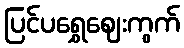
ပြင်ပရွှေဈေးကွက်